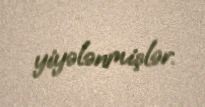
yiyələnmişlər.